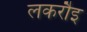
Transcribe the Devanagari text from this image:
लकरौइ